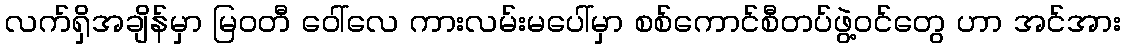
လက်ရှိအချိန်မှာ မြဝတီ ဝေါ်လေ ကားလမ်းမပေါ်မှာ စစ်ကောင်စီတပ်ဖွဲ့ဝင်တွေ ဟာ အင်အား